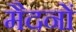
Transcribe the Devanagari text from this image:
मैदनों